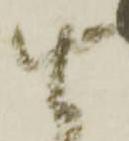
由